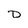
Character: D